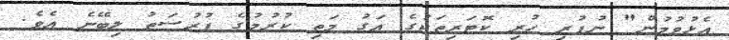
އެޅުވުމުން" ނުފުރި ހުރި ކޮޓަރިތަކުގެ އަގު މަތި ކުރުމުގެ ފުރުސަތު ލިބޭނެ އެވެ.